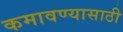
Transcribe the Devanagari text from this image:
कमावण्यासाठी